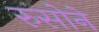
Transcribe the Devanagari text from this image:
रुसोने